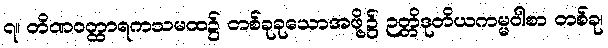
၇။ တိဏဝတ္ထာရကသမထ၌ တစ်ခုခုသောအဖို့၌ ဉတ္တိဒုတိယကမ္မဝါစာ တစ်ခု၊